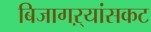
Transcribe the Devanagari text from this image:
बिजागऱ्यांसकट